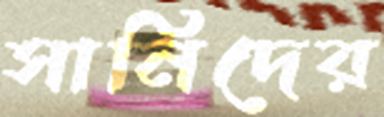
সানিদের